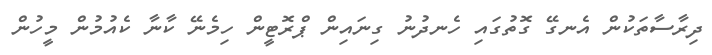
ދިރާސާތަކުން އެނގޭ ގޮތުގައި ހެނދުނު ގިނައިން ޕްރޮޓީން ހިމެނޭ ކާނާ ކެއުމުން މީހުން